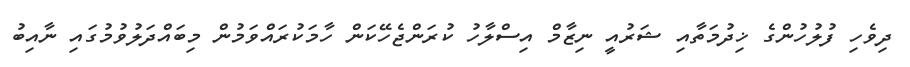
ދިވެހި ފުލުހުންގެ ޚިދުމަތާއި ޝަރުއީ ނިޒާމް އިސްލާހު ކުރަންޖެހޭކަން ހާމަކުރައްވަމުން މިބައްދަލުވުމުގައި ނާއިބު